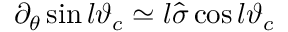
\partial _ { \theta } \sin l \vartheta _ { c } \simeq l \hat { \sigma } \cos l \vartheta _ { c }